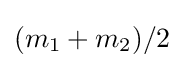
{\textstyle (m_{1}+m_{2})/2}